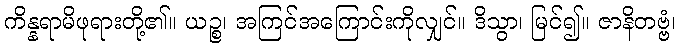
ကိန္နရာမိဖုရားတို့၏။ ယဉ္စ၊ အကြင်အကြောင်းကိုလျှင်။ ဒိသွာ၊ မြင်၍။ ဇာနိတဗ္ဗံ၊